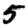
Digit: 5